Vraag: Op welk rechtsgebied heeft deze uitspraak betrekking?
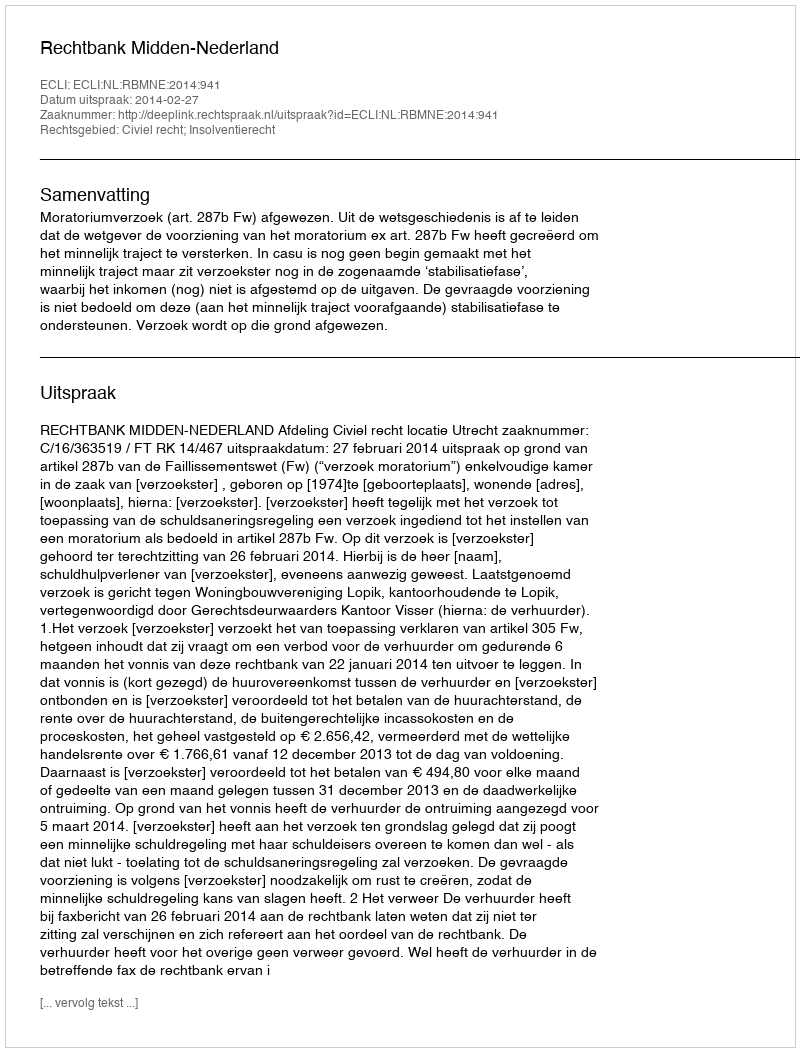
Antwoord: Civiel recht; Insolventierecht